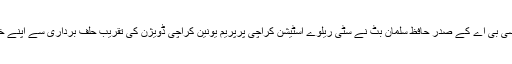
یہ بات ریلوے پریم یونین سی بی اے کے صدر حافظ سلمان بٹ نے سٹی ریلوے اسٹیشن کراچی پرپریم یونین کراچی ڈویژن کی تقریب حلف برداری سے اپنے خصوصی خطاب میں کہی ۔